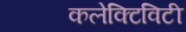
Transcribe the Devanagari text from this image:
कलेक्टिविटी